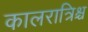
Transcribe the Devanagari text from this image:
कालरात्रिश्च